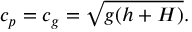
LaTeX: c _ { p } = c _ { g } = { \sqrt { g ( h + H ) } } .